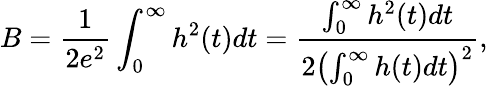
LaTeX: B=\frac{1}{2e^{2}}\int_{0}^{\infty}h^{2}(t)dt=\frac{\int_{0}^{\infty}h^{2}(t)dt}{2\left(\int_{0}^{\infty}h(t)dt\right)^{2}},